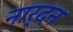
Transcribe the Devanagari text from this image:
नार्दन